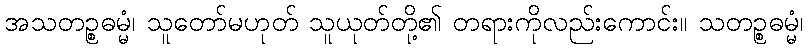
အသတဉ္စဓမ္မံ၊ သူတော်မဟုတ် သူယုတ်တို့၏ တရားကိုလည်းကောင်း။ သတဉ္စဓမ္မံ၊